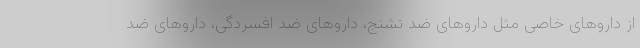
از داروهای خاصی مثل داروهای ضد تشنج، داروهای ضد افسردگی، داروهای ضد